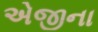
એજીના